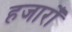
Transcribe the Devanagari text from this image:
हजारोँ